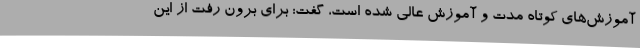
آموزش‌های کوتاه مدت و آموزش عالی شده است، گفت: برای برون رفت از این